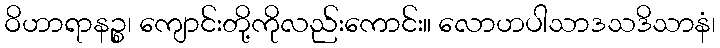
ဝိဟာရာနဉ္စ၊ ကျောင်းတို့ကိုလည်းကောင်း။ လောဟပါသာဒသဒိသာနံ၊